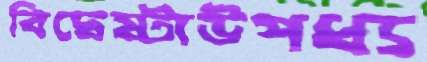
বিদ্বেষ্টাউপধ্য